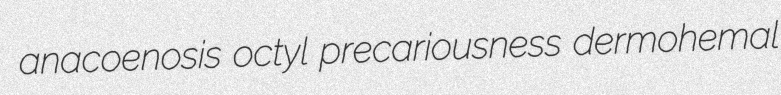
anacoenosis octyl precariousness dermohemal